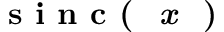
\textbf { s i n c ( \textit { x } ) }